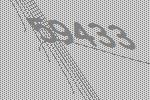
59433